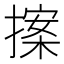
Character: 𭢀